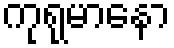
ကုရုမာနော